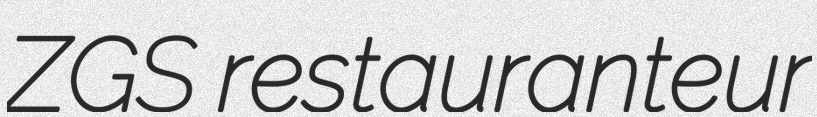
ZGS restauranteur